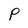
Character: P